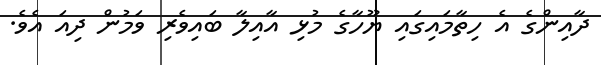
ދާއިންގެ އެ ހިތާމައިގައި ޔޫހާގެ މުޅި އާއިލާ ބައިވެރި ވަމުން ދިއަ އެވެ.